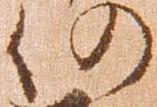
仍